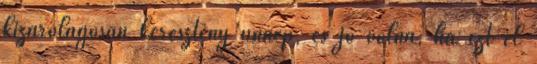
kizárólagosan keresztény ünnep, és jó volna, ha ezt el